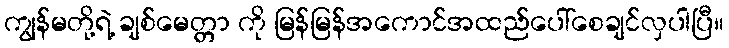
ကျွန်မတို့ရဲ့ ချစ်မေတ္တာ ကို မြန်မြန်အကောင်အထည်ပေါ်စေချင်လှပါပြီ။